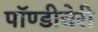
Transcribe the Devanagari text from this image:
पॉण्डीचेरी